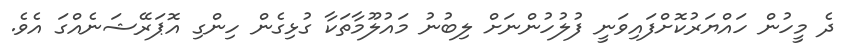
ދެ މީހުން ހައްޔަރުކޮށްފައިވަނީ ފުލުހުންނަށް ލިބުނު މައުލޫމާތަކާ ގުޅިގެން ހިންގި އޮޕަރޭޝަނެއްގަ އެވެ.